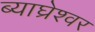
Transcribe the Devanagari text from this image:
ब्याघ्रेश्वर